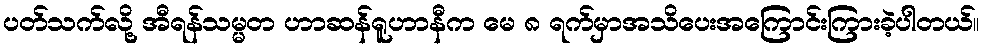
ပတ်သက်လို့ အီရန်သမ္မတ ဟာဆန်ရူဟာနီက မေ ၈ ရက်မှာအသိပေးအကြောင်းကြားခဲ့ပါတယ်။